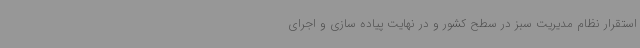
استقرار نظام مدیریت سبز در سطح کشور و در نهایت پیاده سازی و اجرای